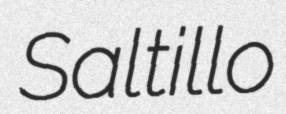
Saltillo